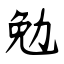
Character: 勉